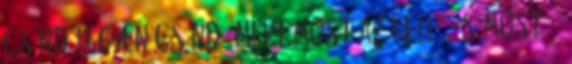
csönd legyen.csönd, mert most az kell. .és most, 5